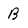
Character: B